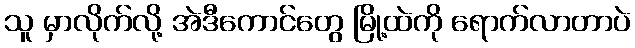
သူ မှာလိုက်လို့ အဲဒီကောင်တွေ မြို့ထဲကို ရောက်လာတာပဲ